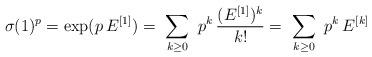
LaTeX: \begin{align*}\sigma(1)^p= \exp (p\, E^{[1]})=\ \sum_{k\ge 0}\ p^k\, {(E^{[1]})^k\over k!}=\ \sum_{k\ge 0}\ p^k\, E^{[k]}\end{align*}